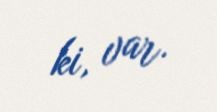
ki, var.